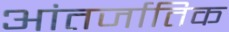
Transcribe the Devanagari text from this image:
आंतर्जातिक